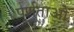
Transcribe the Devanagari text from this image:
पूर्णताओं